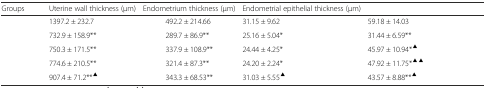
<table><thead><tr><td><b>Groups</b></td><td><b>Uterine wall thickness (μm)</b></td><td><b>Endometrium thickness (μm)</b></td><td><b>Endometrial epithelial thickness (μm)</b></td><td>[EMPTY_CELL]</td></tr></thead><tbody><tr><td>[EMPTY_CELL]</td><td>1397.2 ± 232.7</td><td>492.2 ± 214.66</td><td>31.15 ± 9.62</td><td>59.18 ± 14.03</td></tr><tr><td>[EMPTY_CELL]</td><td>732.9 ± 158.9**</td><td>289.7 ± 86.9**</td><td>25.16 ± 5.04*</td><td>31.44 ± 6.59**</td></tr><tr><td>[EMPTY_CELL]</td><td>750.3 ± 171.5**</td><td>337.9 ± 108.9**</td><td>24.44 ± 4.25*</td><td>45.97 ± 10.94*<sup>▲</sup></td></tr><tr><td>[EMPTY_CELL]</td><td>774.6 ± 210.5**</td><td>321.4 ± 87.3**</td><td>24.20 ± 2.24*</td><td>47.92 ± 11.75*<sup>▲▲</sup></td></tr><tr><td>[EMPTY_CELL]</td><td>907.4 ± 71.2**<sup>▲</sup></td><td>343.3 ± 68.53**</td><td>31.03 ± 5.55<sup>▲</sup></td><td>43.57 ± 8.88**<sup>▲</sup></td></tr></tbody></table>